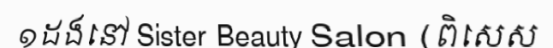
១ដងនៅ Sister Beauty Salon (ពិសេស